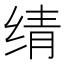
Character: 𬘬